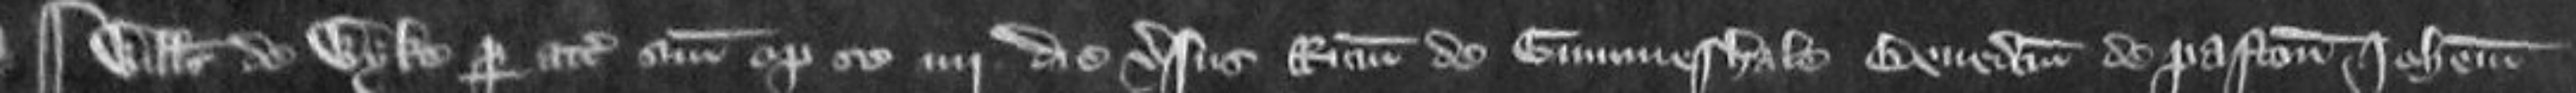
¶Willelmus de Wyke per attornatum suum optulit se quarto die versus Ricardum de Gummeshale Benedictum de Paston Johannem